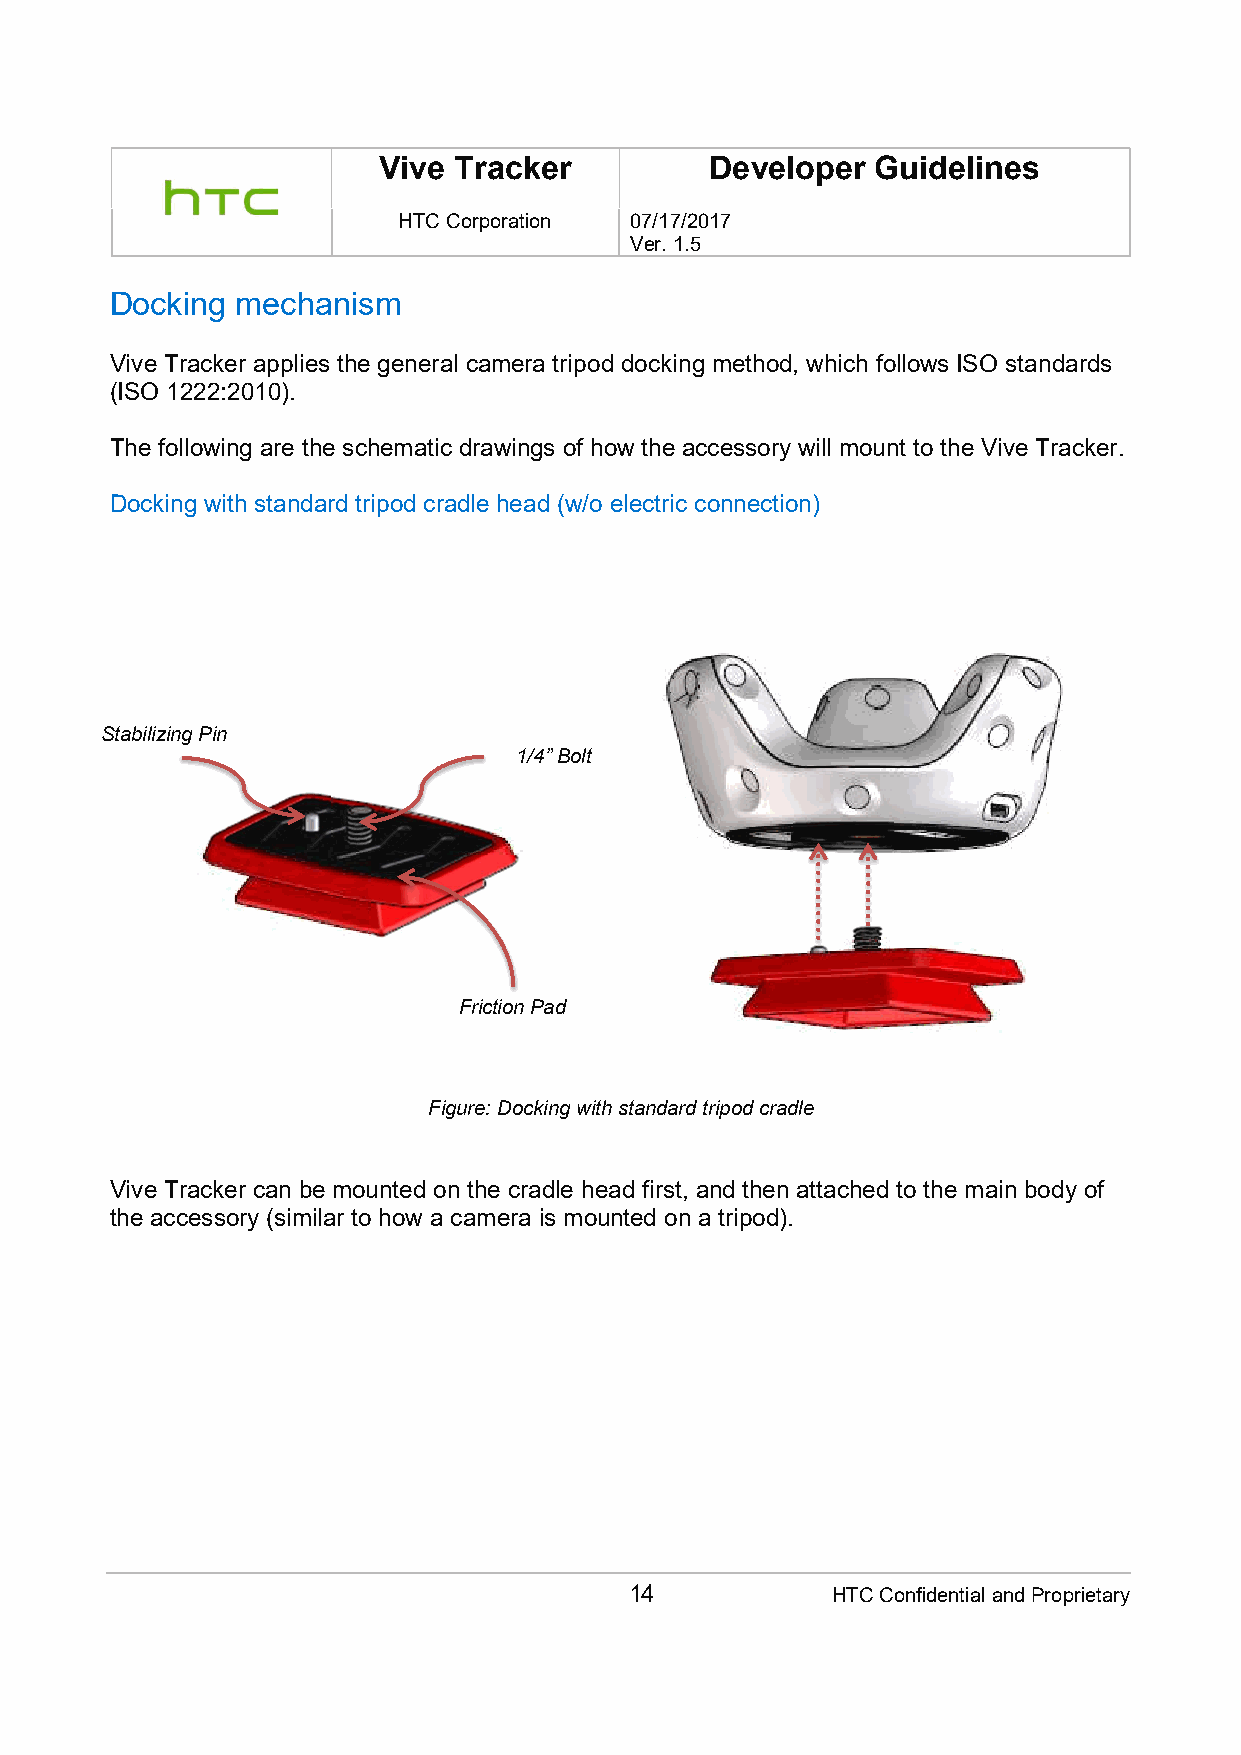
Vive Tracker          Developer  Guidelines
 HTC Corporation 07/17/2017
 Ver. 1.5
 Docking  mechanism
 Vive Tracker applies the general camera tripod docking method, which follows ISO standards
 (ISO 1222:2010).
 The following are the schematic drawings of how the accessory will mount to the Vive Tracker.
 Docking with standard tripod cradle head (w/o electric connection)
 Stabilizing Pin
 1/4” Bolt
 Friction Pad
 Figure: Docking with standard tripod cradle
 Vive Tracker can be mounted on the cradle head first, and then attached to the main body of
 the accessory (similar to how a camera is mounted on a tripod).
 14           HTC Confidential and Proprietary